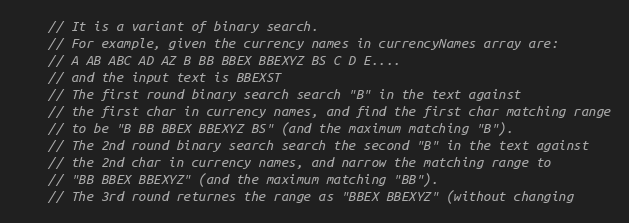
Language: C++
    // It is a variant of binary search.
    // For example, given the currency names in currencyNames array are:
    // A AB ABC AD AZ B BB BBEX BBEXYZ BS C D E....
    // and the input text is BBEXST
    // The first round binary search search "B" in the text against
    // the first char in currency names, and find the first char matching range
    // to be "B BB BBEX BBEXYZ BS" (and the maximum matching "B").
    // The 2nd round binary search search the second "B" in the text against
    // the 2nd char in currency names, and narrow the matching range to
    // "BB BBEX BBEXYZ" (and the maximum matching "BB").
    // The 3rd round returnes the range as "BBEX BBEXYZ" (without changing